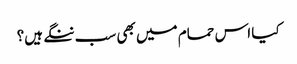
کیا اس حمام میں بھی سب ننگے ہیں؟